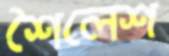
শৈলেশ